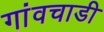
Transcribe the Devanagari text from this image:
गांवचाडी